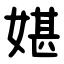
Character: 媅